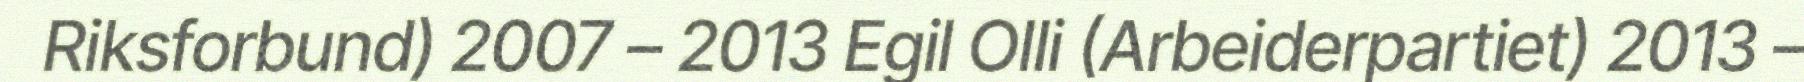
Riksforbund) 2007 – 2013 Egil Olli (Arbeiderpartiet) 2013 –